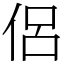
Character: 侶